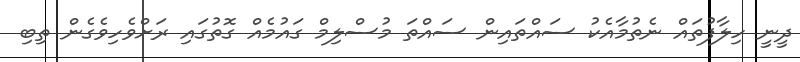
ދީނީ ހިލާފުތައް ނެތުމާއެކު ސައްތައިން ސައްތަ މުސްލިމް ގައުމެއް ގޮތުގައި ރަށްވެހިވެގެން ތިބި